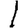
Digit: 1